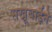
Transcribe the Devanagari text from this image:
सखूबाईने